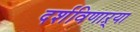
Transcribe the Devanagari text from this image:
दर्शविणाऱ्या